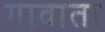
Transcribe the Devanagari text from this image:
गावाता